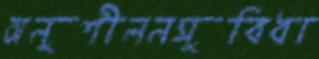
অনুশীলনসুবিধা